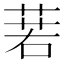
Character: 𦴈